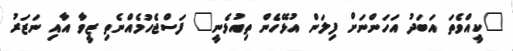
"ކީއްވެތަ އަބަދު އަހަންނަށް ފިލަން އުޅޭހެން ތިއުޅެނީ" ފަސްޖެހުމެއްނެތި ޒީވާ އާއި ނަޒަރު